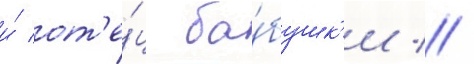
и́ от'е́ц ба́бушк'и //